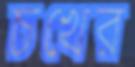
চখের